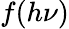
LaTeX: f(h\nu)